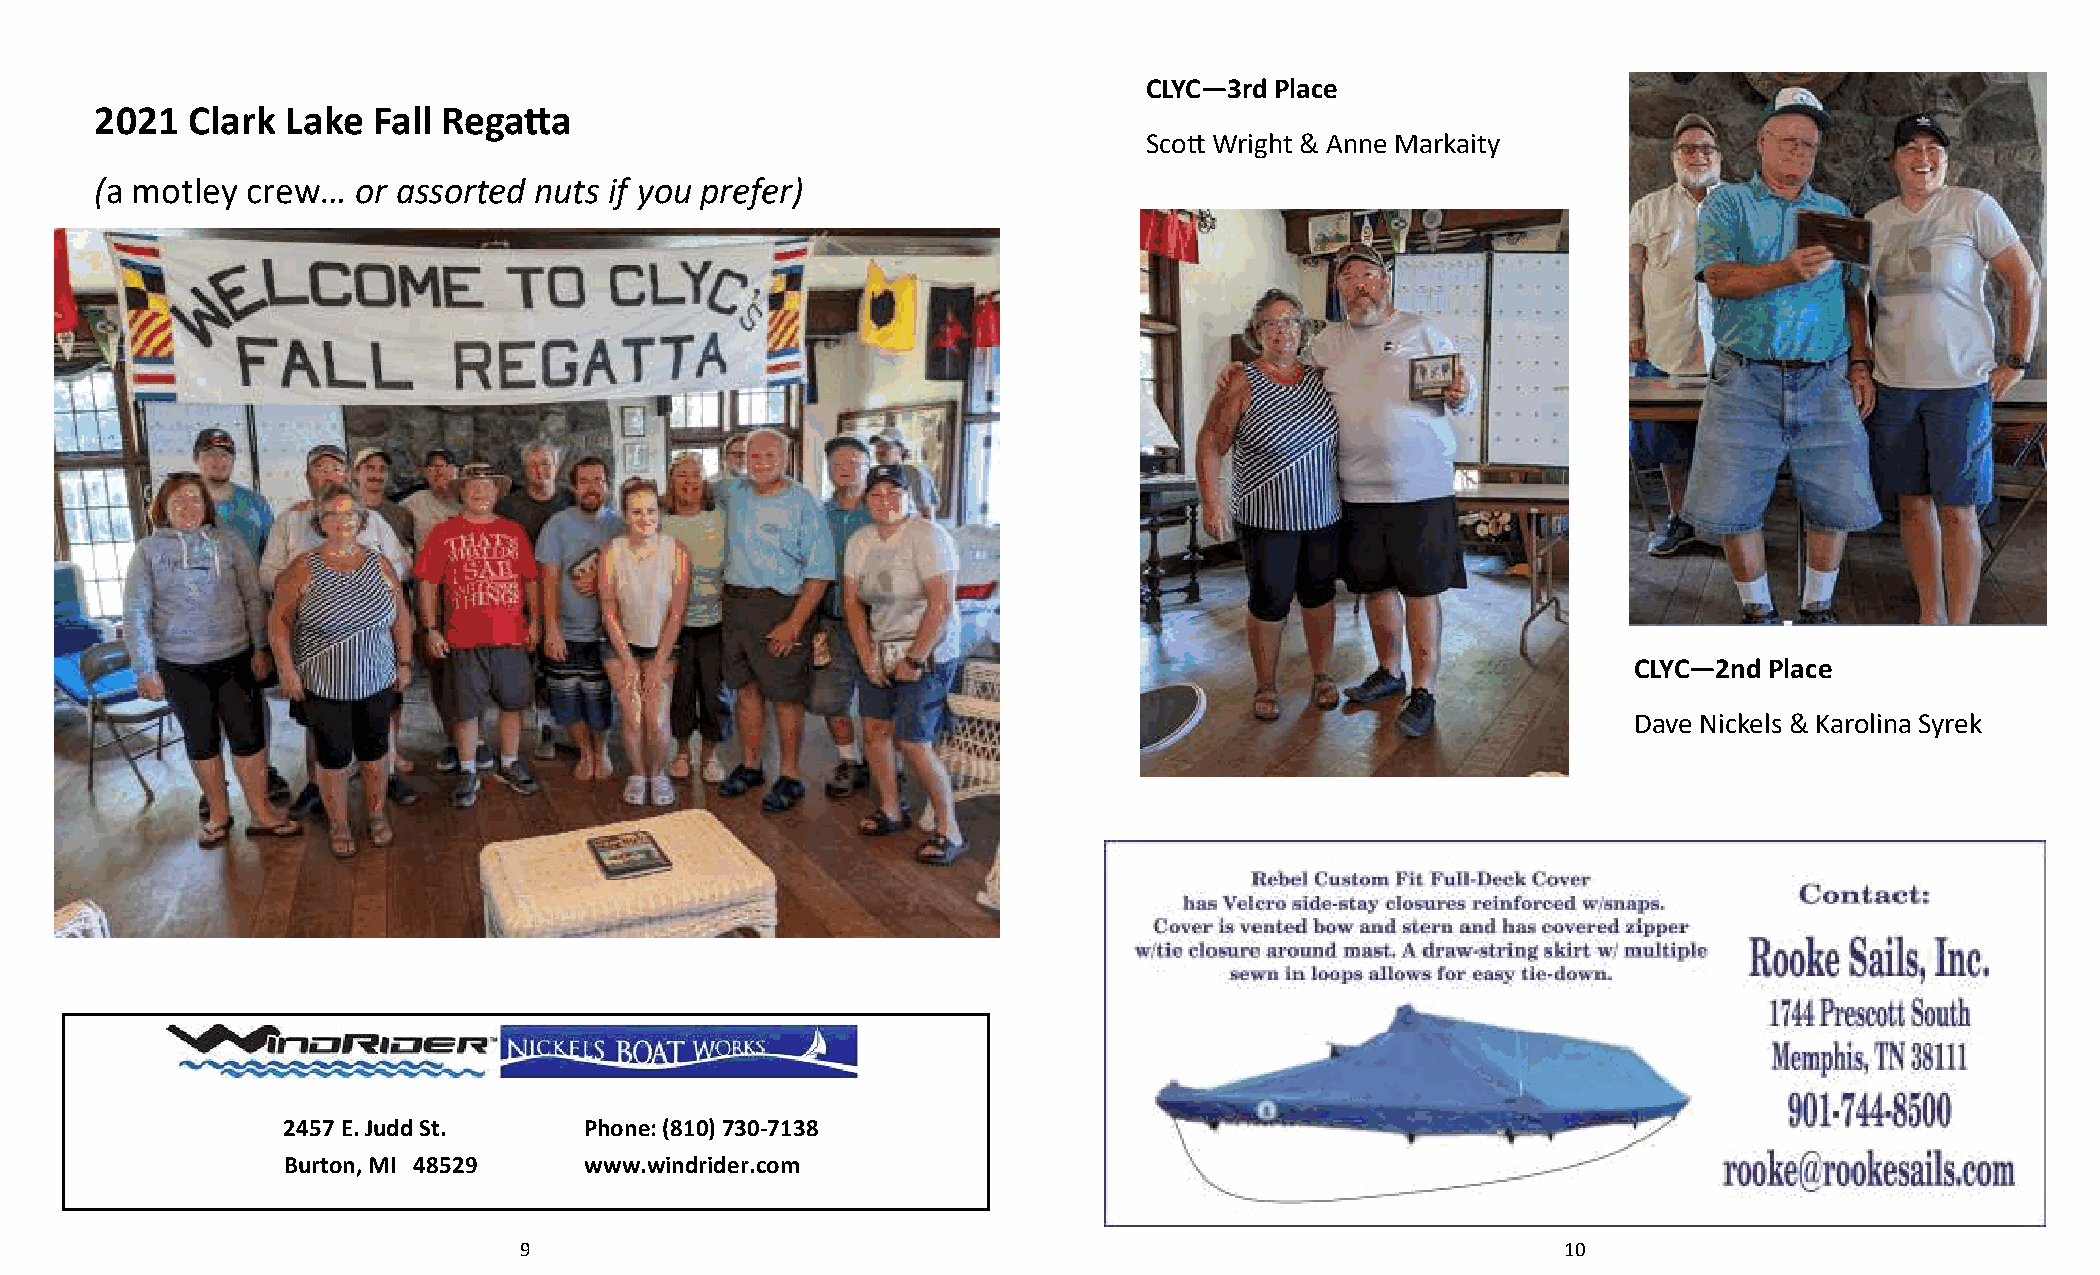
CLYC—3rd Place
 2021  Clark  Lake  Fall Rega$a
 Sco% Wright & Anne Markaity
 (a motley crew…   or assorted nuts if you prefer)
 CLYC—2nd Place
 Dave Nickels & Karolina Syrek
 2457 E. Judd St.    Phone: (810) 730-7138
 Burton, MI 48529    www.windrider.com
 9                                                                     10